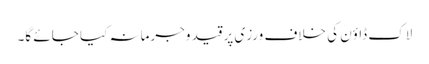
لاک ڈاؤن کی خلاف ورزی پر قید وجرمانہ کیا جائے گا۔